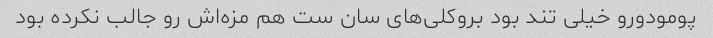
پومودورو خیلی تند بود بروکلی‌های سان ست هم مزه‌اش رو جالب نکرده بود